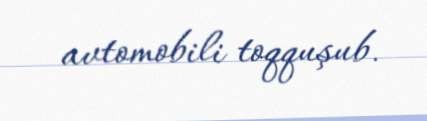
avtomobili toqquşub.